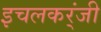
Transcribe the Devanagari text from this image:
इचलकर्ंजी